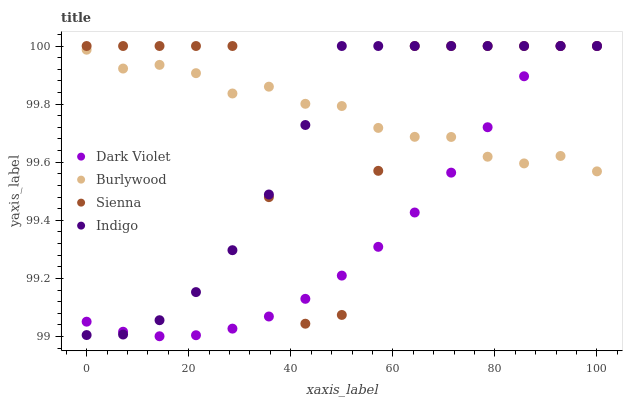
| xaxis_label | Dark Violet | Burlywood | Sienna | Indigo |
 | --- | --- | --- | --- | --- |
 | 0 | 99.1 | 100 | 100 | 99 |
 | 7.14 | 99 | 99.9 | 100 | 99 |
 | 14.3 | 99 | 99.9 | 100 | 99.1 |
 | 21.4 | 99 | 99.9 | 100 | 99.2 |
 | 28.6 | 99 | 99.8 | 100 | 99.3 |
 | 35.7 | 99.1 | 99.9 | 99.5 | 99.5 |
 | 42.9 | 99.1 | 99.8 | 99 | 99.7 |
 | 50 | 99.2 | 99.8 | 99.1 | 100 |
 | 57.1 | 99.3 | 99.7 | 99.6 | 100 |
 | 64.3 | 99.4 | 99.7 | 100 | 100 |
 | 71.4 | 99.6 | 99.7 | 100 | 100 |
 | 78.6 | 99.7 | 99.6 | 100 | 100 |
 | 85.7 | 99.9 | 99.6 | 100 | 100 |
 | 92.9 | 100 | 99.6 | 100 | 100 |
 | 100 | 100 | 99.6 | 100 | 100 |